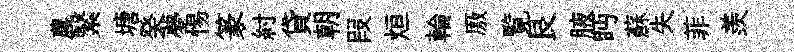
農繄塘癸夢惕篆紂貸朝叚烜輪厫覧艮腋眄蘇失菲羨